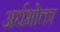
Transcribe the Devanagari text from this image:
अर्धभोक्ता